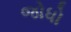
જોધો